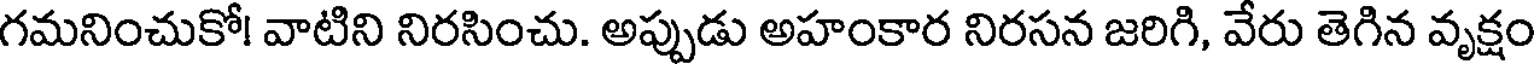
గమనించుకో! వాటిని నిరసించు. అప్పుడు అహంకార నిరసన జరిగి, వేరు తెగిన వృక్షం